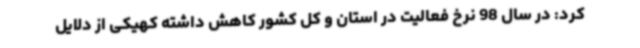
کرد: در سال 98 نرخ فعالیت در استان و کل کشور کاهش داشته کهیکی از دلایل